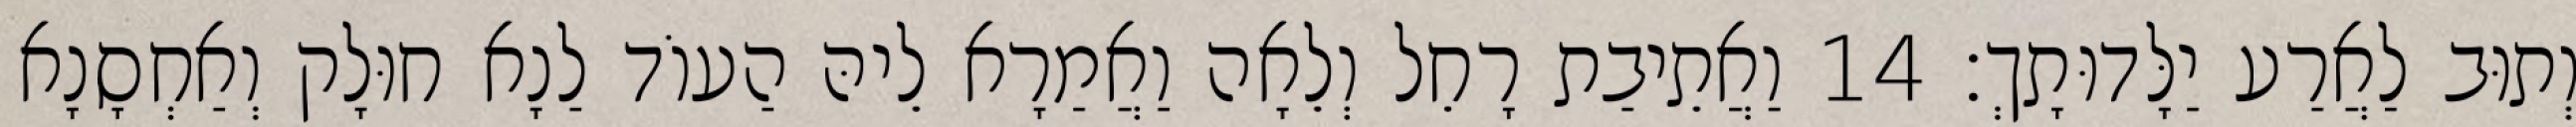
וְתוּב לַאֲרַע יַלָּדוּתָךְ׃ 14 וַאֲתֵיבַת רָחֵל וְלֵאָה וַאֲמַרָא לֵיהּ הַעוֹד לַנָא חוּלָק וְאַחְסָנָא